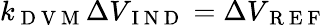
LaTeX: k_{\mathrm{~D~V~M~}}\Delta V_{\mathrm{~I~N~D~}}=\Delta V_{\mathrm{~R~E~F~}}